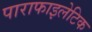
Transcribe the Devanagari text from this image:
पाराफाइलेटिक